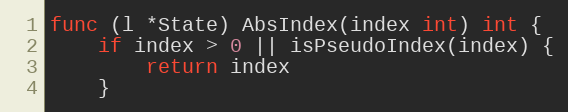
Language: Go
func (l *State) AbsIndex(index int) int {
	if index > 0 || isPseudoIndex(index) {
		return index
	}